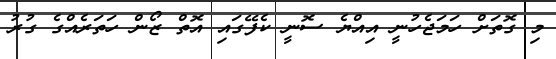
މި ގޮތަށް ހަމަޖެހުނީ އިއްޔެ ސޮނީ ކެފޭގައި އޮތް ޒޯން ހަތަރެއްގެ ގުރު